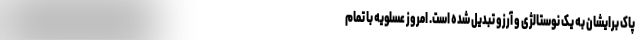
پاک برایشان به یک نوستالژی و آرزو تبدیل شده است. امروز عسلویه با تمام